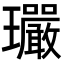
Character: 𤫠